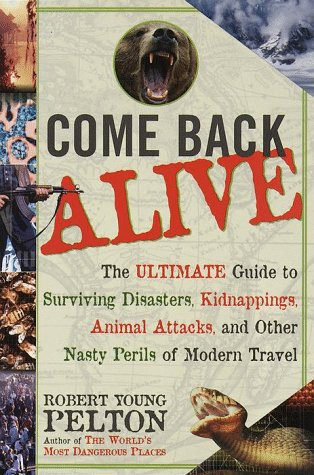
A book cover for Come Back Alive; Robert Young Pelton; Sports & Outdoors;